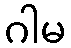
ဂါမ